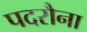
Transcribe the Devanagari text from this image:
पदरौना